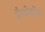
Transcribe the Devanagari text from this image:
पैन्थेनॉल